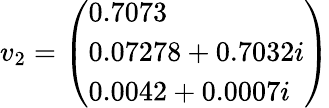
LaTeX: v_{2}={\left(\begin{array}{l}{0.7073}\\ {0.07278+0.7032i}\\ {0.0042+0.0007i}\end{array}\right)}